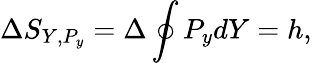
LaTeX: \Delta S_{Y,P_{y}}=\Delta\oint P_{y}dY=h,